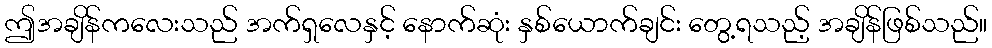
ဤအချိန်ကလေးသည် အက်ရှလေနှင့် နောက်ဆုံး နှစ်ယောက်ချင်း တွေ့ရသည့် အချိန်ဖြစ်သည်။